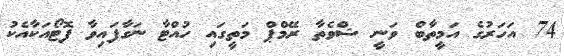
74 އަހަރުގެ އަމީތާބް ވަނީ ޝްވެތާ ރޭމްޕް މަތީގައި ހުއްޓާ ނަގާފައިވާ ފޮޓޯއަކާއެކު